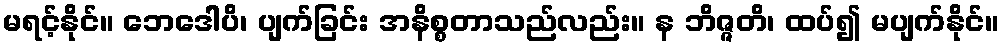
မရင့်နိုင်။ ဘေဒေါပိ၊ ပျက်ခြင်း အနိစ္စတာသည်လည်း။ န ဘိဇ္ဇတိ၊ ထပ်၍ မပျက်နိုင်။